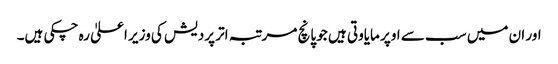
اور ان میں سب سے اوپر مایاوتی ہیں جو پانچ مرتبہ اتر پردیش کی وزیر اعلیٰ رہ چکی ہیں۔